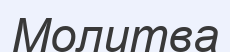
Молитва